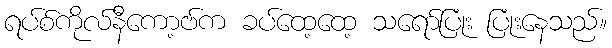
ရပ်စ်ကိုလ်နီကော့ဗ်က ခပ်ထေ့ထေ့ သရော်ပြုံး ပြုံးနေသည်။